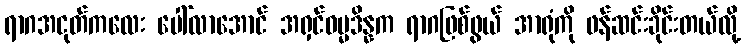
ရာဂအငုတ်ကလေး ပေါ်လာအောင် အရှင်ဓမ္မဒိန္နက ရာဂဖြစ်ဖွယ် အာရုံကို ဖန်ဆင်းခိုင်းတယ်လို့